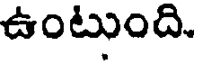
ఉంటుంది.